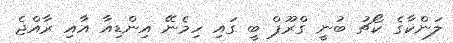
ލަންކާގެ ކޯޗު ބުނީ ގްރޫޕް ބީ ގައި ހިމެނޭ އިންޑިއާ އާއި ރާއްޖެ